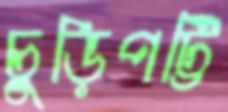
চুড়িপট্টি